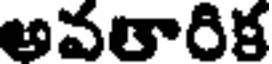
అవతారిక